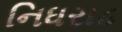
નિધરાડ